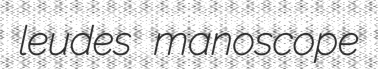
leudes manoscope